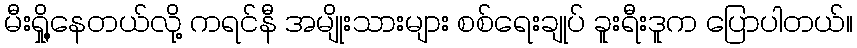
မီးရှို့နေတယ်လို့ ကရင်နီ အမျိုးသားများ စစ်ရေးချုပ် ခူးရီးဒူက ပြောပါတယ်။